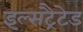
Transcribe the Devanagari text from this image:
इल्सट्रैटेड